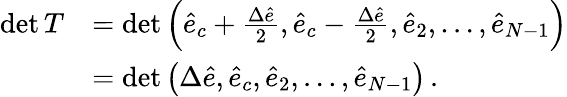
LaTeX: \begin{array}{rl}{\operatorname*{det}T}&{=\operatorname*{det}\Big(\hat{e}_{c}+\frac{\Delta\hat{e}}{2},\hat{e}_{c}-\frac{\Delta\hat{e}}{2},\hat{e}_{2},\dots,\hat{e}_{N-1}\Big)}\\ &{=\operatorname*{det}\big({\Delta\hat{e}},\hat{e}_{c},\hat{e}_{2},\dots,\hat{e}_{N-1}\big)\, .}\end{array}